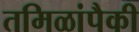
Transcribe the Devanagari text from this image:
तमिळांपैकी